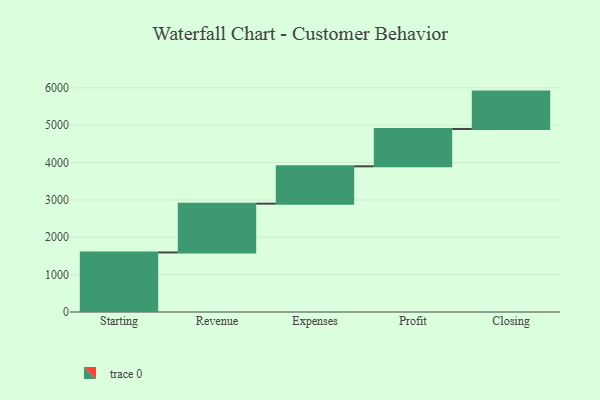
{"axis": {"x": "Step", "y": "Value"}, "legend": [""], "data": [{"x": "Starting", "y": 1594.0, "type": ""}, {"x": "Revenue", "y": 1306.0, "type": ""}, {"x": "Expenses", "y": 1000, "type": ""}, {"x": "Profit", "y": 1000, "type": ""}, {"x": "Closing", "y": 1000, "type": ""}]}